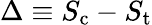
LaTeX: \Delta\equiv S_{\mathrm{c}}-S_{\mathrm{t}}